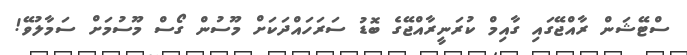
ސްޓޭޝަން ރާއްޖޭގައި ގާއިމް ކުރަނީރާއްޖޭގެ ބޮޑު ސަރަހައްދަކަށް މޫސުން ގޯސް މޫސުމަށް ސަމާލުވޭ!